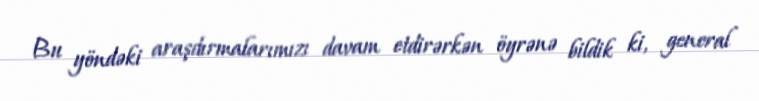
Bu yöndəki araşdırmalarımızı davam etdirərkən öyrənə bildik ki, general